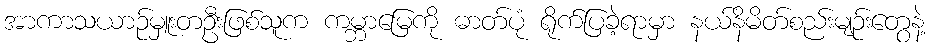
အာကာသယာဉ်မှူးတဦးဖြစ်သူက ကမ္ဘာမြေကို ဓာတ်ပုံ ရိုက်ပြခဲ့ရာမှာ နယ်နိမိတ်စည်းမျဉ်းတွေနဲ့